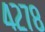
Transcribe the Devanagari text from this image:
४२७८